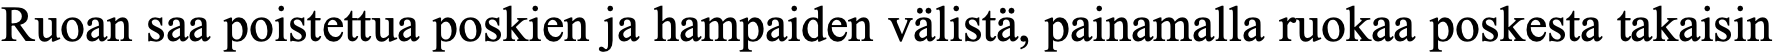
Ruoan saa poistettua poskien ja hampaiden välistä, painamalla ruokaa poskesta takaisin